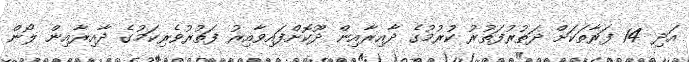
އަދި 14 ފަރާތަކަށް ދަތުރުފަތުރު ކުރުމުގެ ދާއިރާއިން ދޫކޮށްފައިވާއިރު ފަތުރުވެރިކަމުގެ ދާއިރާއިން ލޯން